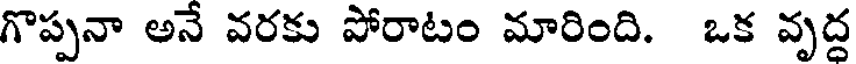
గొప్పనా అనే వరకు పోరాటం మారింది. ఒక వృద్ద